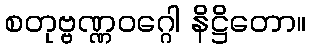
စတုဗ္ဗဏ္ဏဝဂ္ဂေါ နိဋ္ဌိတော။